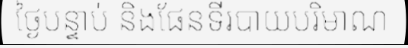
ថ្ងៃបន្ទាប់ និងផែនទីរបាយបរិមាណ